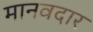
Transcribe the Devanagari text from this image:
मानवदार